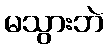
မသွားဘဲ